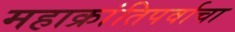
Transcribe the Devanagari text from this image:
महाक्रांतिपर्वाचा